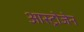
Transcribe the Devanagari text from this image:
आस्ट्रोजेन